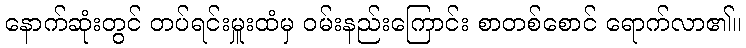
နောက်ဆုံးတွင် တပ်ရင်းမှူးထံမှ ဝမ်းနည်းကြောင်း စာတစ်စောင် ရောက်လာ၏။